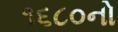
૧૬૮૦નો